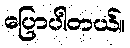
ပြောပါတယ်။